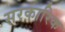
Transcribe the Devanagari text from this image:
सरकारिक